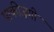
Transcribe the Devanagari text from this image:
पाकीज़गी